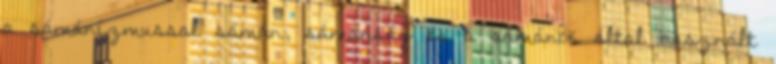
a sámánizmussal sámán, sámánság és a sámánok által használt